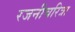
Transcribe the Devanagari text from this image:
रजनीचरित्रा